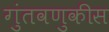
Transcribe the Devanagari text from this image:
गुंतवणुकीस